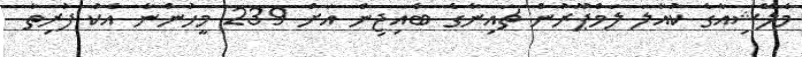
މެލޭޝިއާގެ ކުއާލަ ލަމްޕޫރުން ޗައިނާގެ ބެއިޖިން އަށް 239 މީހުންނާ އެކު ފުރިތާ